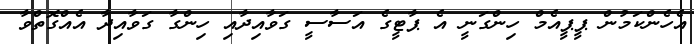
އެހެންކަމުން ޕީޕީއެމް ހިންގަނީ އެ ޕާޓީގެ އަސާސީ ގަވާއިދާއި ހިންގާ ގަވާއިދާ އެއްގޮތްވާ